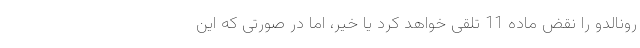
رونالدو را نقض ماده 11 تلقی خواهد کرد یا خیر، اما در صورتی که این